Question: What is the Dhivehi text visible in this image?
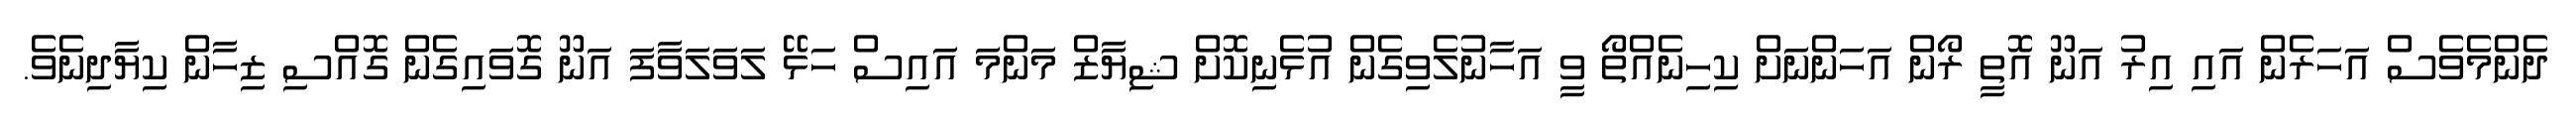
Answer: ދެންމެވެސް އަހަރެން އައި އިރު އަނޫ އޮތީ ރޯން އަހަންނަށް ކިހިނެއްތޯ ވީ އަހާނުލެވިގެން އުޅެނިކޮށް ޝިޔާޒް މަންމަ އައިސް ހަޅޭ ލަވަލަވާފަ އަނޫ ގޮވައިގެން ގޮއްސި ޒިހާން ކިޔާދިނެވެ.